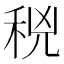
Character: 𥞝